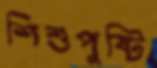
শিশুপুষ্টি